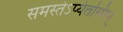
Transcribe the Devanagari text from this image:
समस्तेऽप्येतस्मिन्